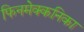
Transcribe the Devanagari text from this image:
फिनमेक्कनिका